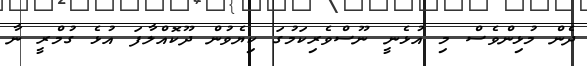
ދެން މުޅިންވެސް މި އުޅެނީ ނޫސްވެރިކަމުގަ ކިޔެވުން ދޫކޮއްލާފަ އުޅެ ގުމްރީ ނާ